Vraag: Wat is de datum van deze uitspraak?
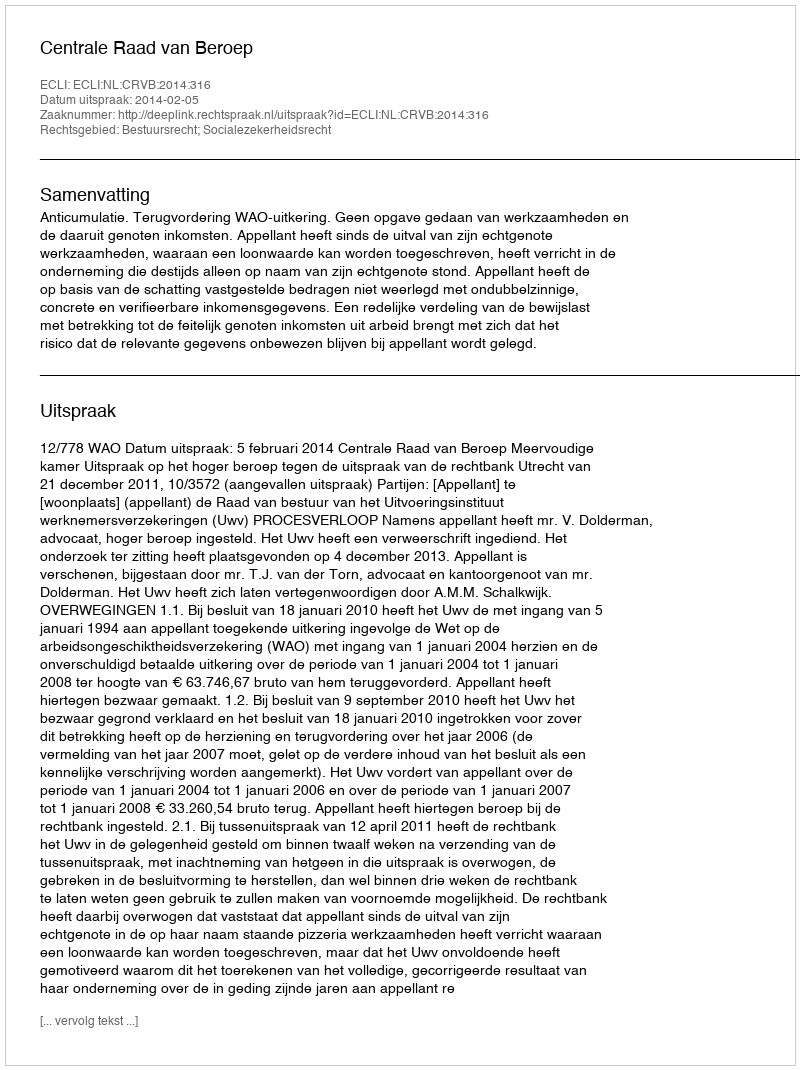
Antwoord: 2014-02-05